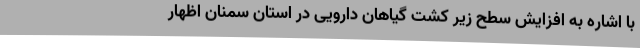
با اشاره به افزایش سطح زیر کشت گیاهان دارویی در استان سمنان اظهار